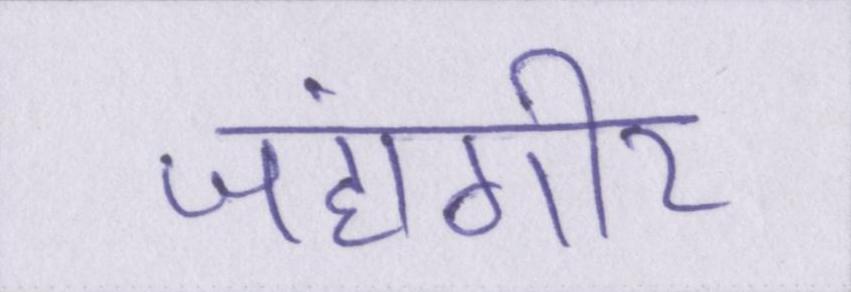
जहाँगीर